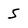
Character: 5